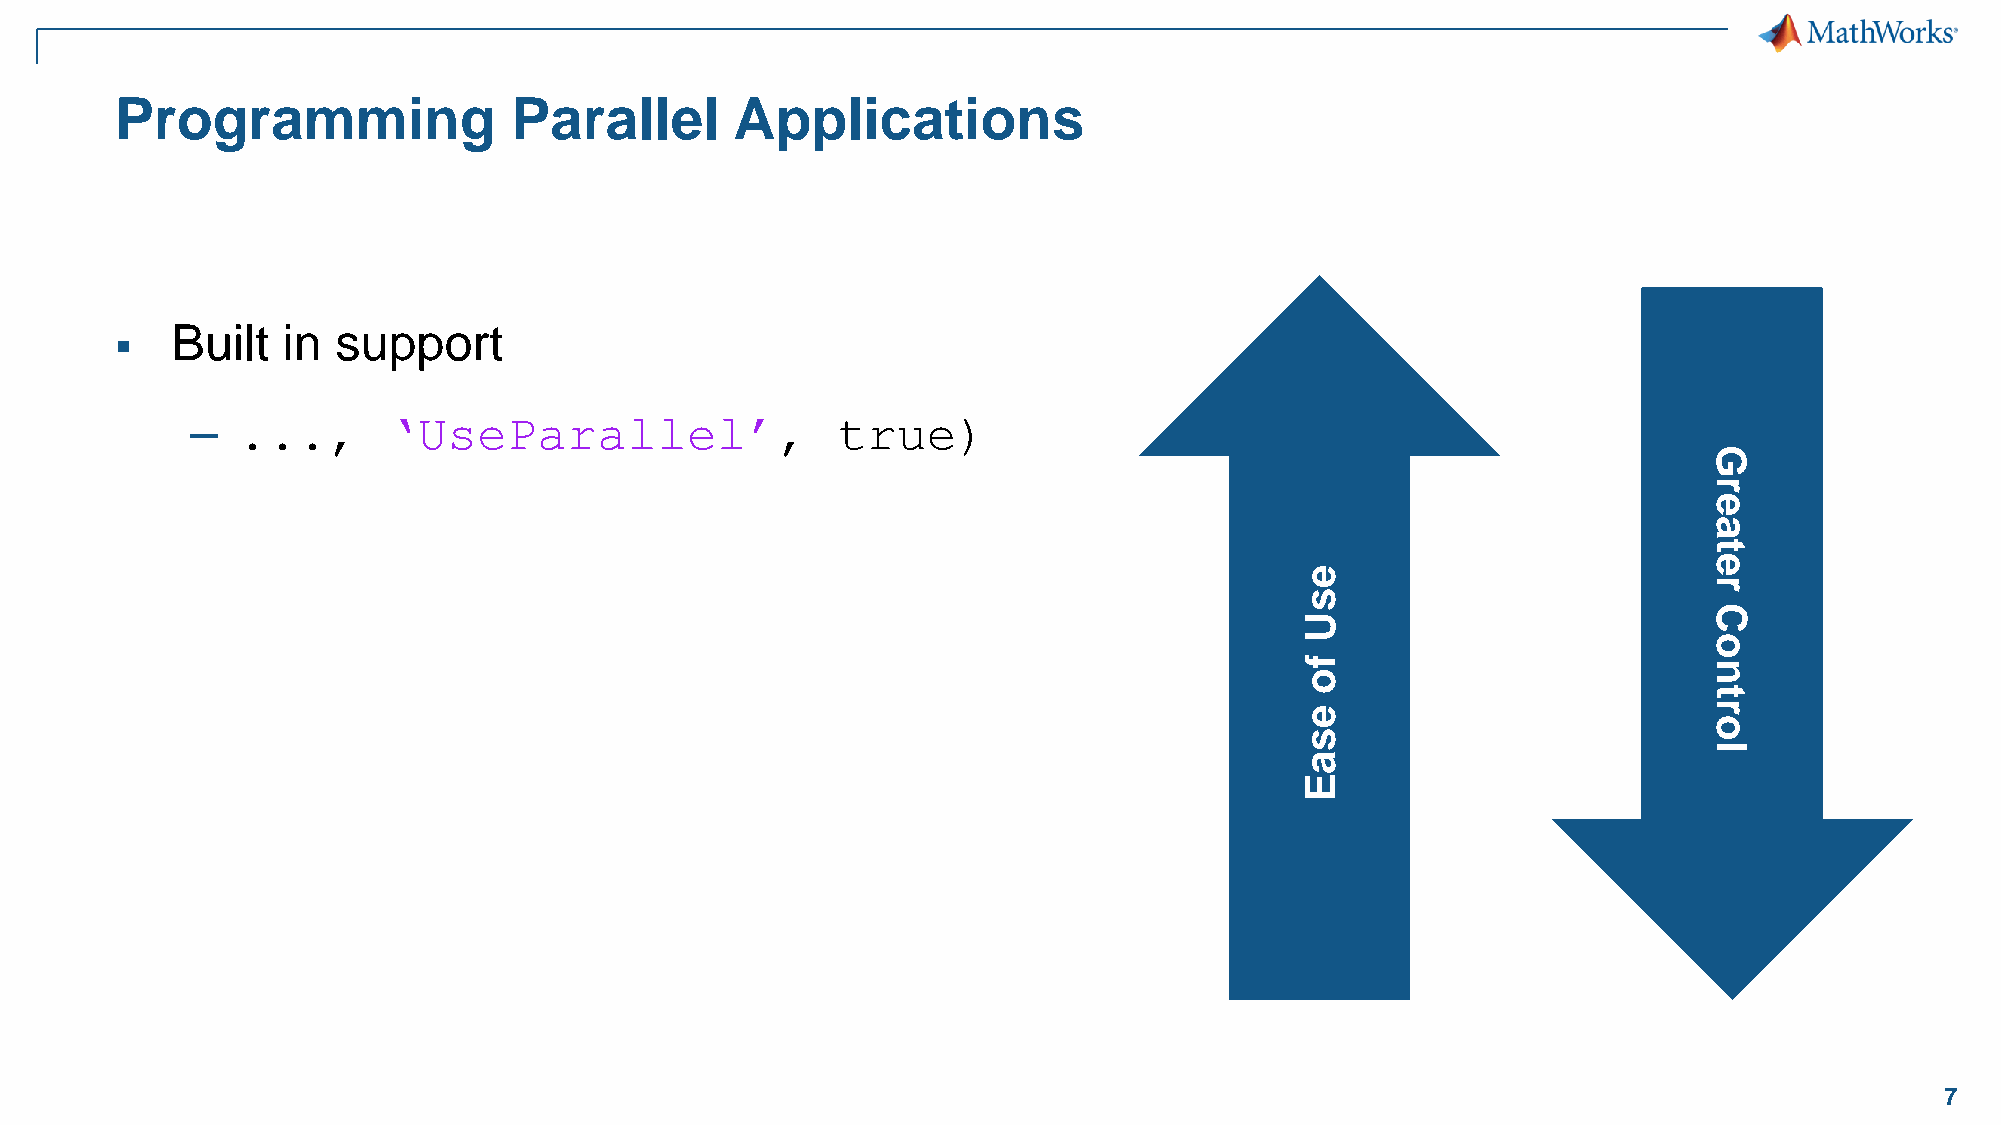
Programming               Parallel       Applications
 Built   in support
 ▪
 –  ...,      ‘UseParallel’,               true)
 G
 r
 e
 a
 t
 e
 e
 r
 s
 C
 U
 o
 f
 n
 o
 t
 e                          r
 o
 s
 l
 a
 E
 7